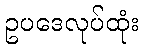
ဥပဒေလုပ်ထုံး